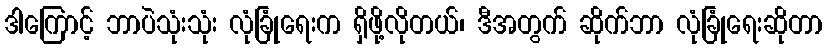
ဒါကြောင့် ဘာပဲသုံးသုံး လုံခြုံရေးက ရှိဖို့လိုတယ်၊ ဒီအတွက် ဆိုက်ဘာ လုံခြုံရေးဆိုတာ